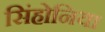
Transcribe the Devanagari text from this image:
सिंहोनिया